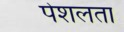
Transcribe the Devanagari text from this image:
पेशलता